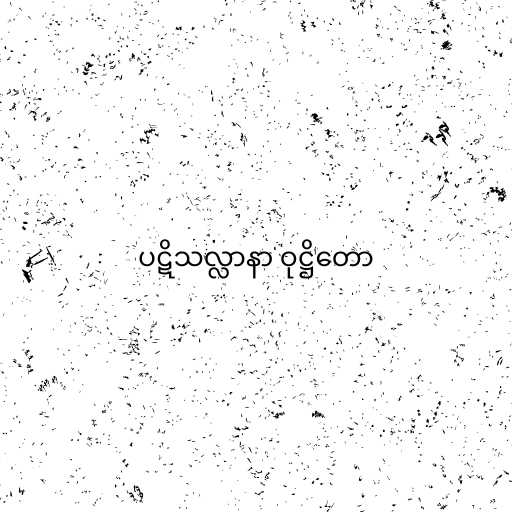
ပဋိသလ္လာနာ ဝုဋ္ဌိတော